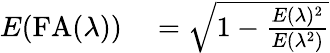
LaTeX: \begin{array}{rl}{E(\mathrm{FA}(\lambda))}&{{}=\sqrt{1-\frac{E(\lambda)^{2}}{E(\lambda^{2})}}}\end{array}